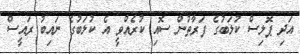
އަދި ޕޮލިސް ކުލަބުގެ ފަރާތުން ސޮއި ކުރެއްވީ އެ ކުލަބުގެ ނައިބު ރައީސް